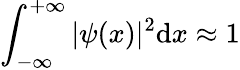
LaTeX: \int_{-\infty}^{+\infty}|\psi(x)|^{2}\mathrm{d}x\approx 1